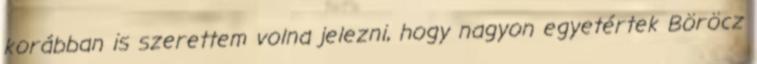
korábban is szerettem volna jelezni, hogy nagyon egyetértek Böröcz